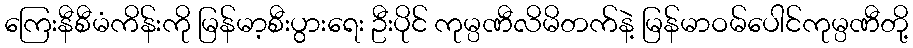
ကြေးနီစီမံကိန်းကို မြန်မာ့စီးပွားရေး ဦးပိုင် ကုမ္ပဏီလိမိတက်နဲ့ မြန်မာဝမ်ပေါင်ကုမ္ပဏီတို့